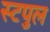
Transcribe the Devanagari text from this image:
स्टपुल